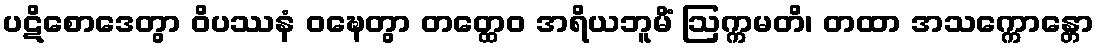
ပဋိစောဒေတွာ ဝိပဿနံ ဝဍ္ဎေတွာ တတ္ထေဝ အရိယဘူမိံ ဩက္ကမတိ၊ တထာ အသက္ကောန္တော